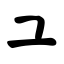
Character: ユ